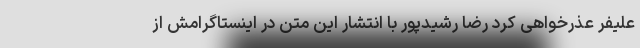
علیفر عذرخواهی کرد رضا رشیدپور با انتشار این متن در اینستاگرامش از